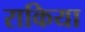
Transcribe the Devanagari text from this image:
राकिया